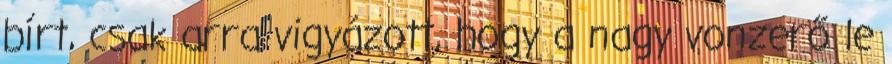
bírt, csak arra vigyázott, hogy a nagy vonzerő le